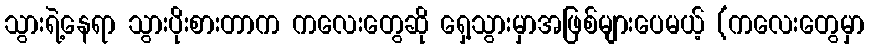
သွားရဲ့နေရာ သွားပိုးစားတာက ကလေးတွေဆို ရှေ့သွားမှာအဖြစ်များပေမယ့် (ကလေးတွေမှာ